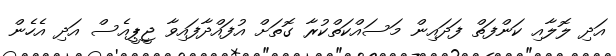
އަދި ލޮލާއި ކަންފަތް ފަދައިން މަސައްކަތްކުރާ ގޮތަށް އުފައްދާފައިވާ ޖީޕީއެސް އަދި އެހެން